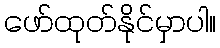
ဖော်ထုတ်နိုင်မှာပါ။